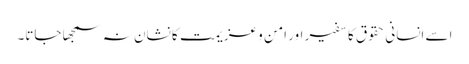
اسے انسانی حقوق کا سفیر اور امن و عزیمت کا نشان نہ سمجھا جاتا۔